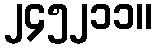
၂၄၅၂၁၁။